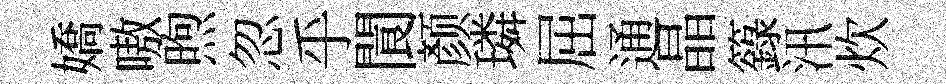
嬌嗷煦忽乎閬颜璘屈通晶籙汛炊